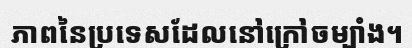
ភាពនៃប្រទេសដែលនៅក្រៅចម្បាំង។